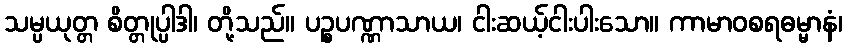
သမ္ပယုတ္တ စိတ္တုပ္ပါဒါ၊ တို့သည်။ ပဉ္စပဏ္ဏာသာယ၊ ငါးဆယ့်ငါးပါးသော။ ကာမာဝစရဓမ္မာနံ၊